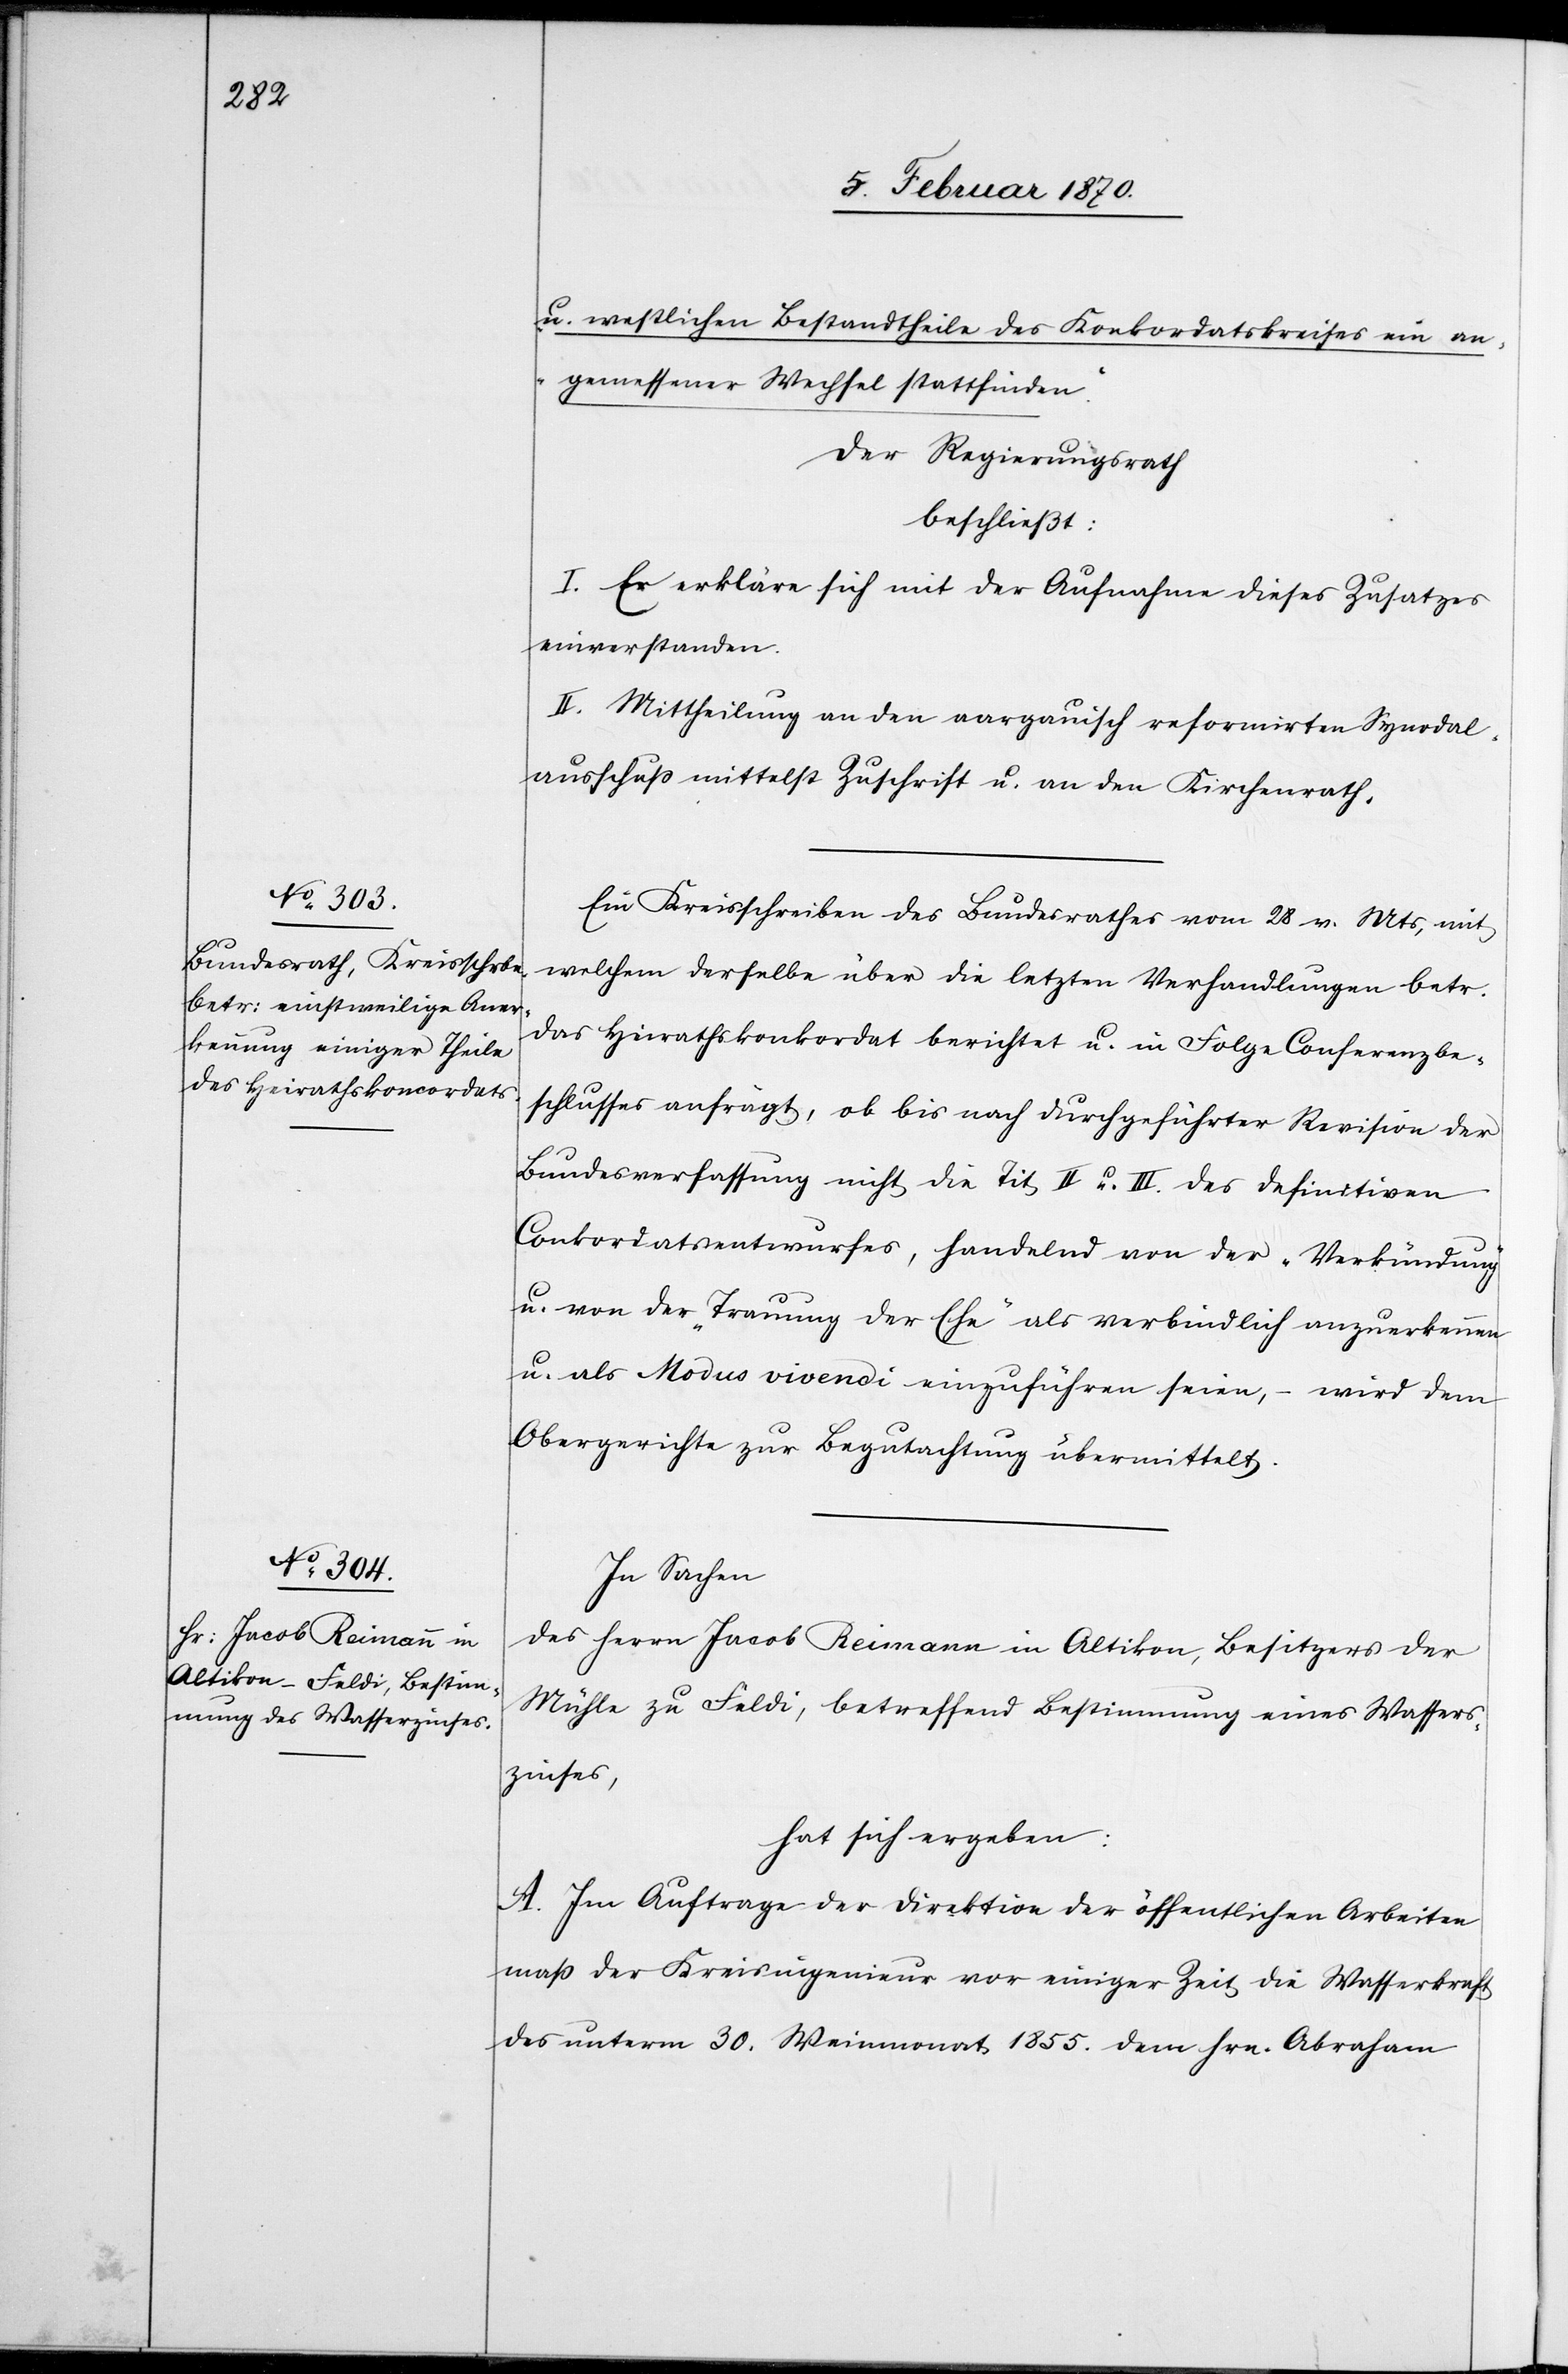
u. westlichen Bestandtheile des Konkordatskreises ein an¬
gemessener Wechsel stattfinden.“
Der Regierungsrath
beschließt:
I. Er erkläre sich mit der Aufnahme dieses Zusatzes
einverstanden.
II. Mittheilung an den aargauisch reformirten Synodal¬
ausschuss mittels Zuschrift u. an den Kirchenrath.
Ein Kreisschreiben des Bundesrathes vom 28 v. Mts, mit
welchem derselbe über die letzten Verhandlungen betr.
das Heiratskonkordat berichtet u. in Folge Conferenzbe¬
schlusses anfrägt, ob bis nach durchgeführter Revision der
Bundesverfassung nicht die Tit II u. III. des definitiven
Conkordatsentwurfes, handelnd von der „Verkündung“
u. von der „Trauung der Ehe“ als verbindlich anzuerkennen
u. als Modus vivendi einzuführen seien, ( wird dem
Obergerichte zur Begutachtung übermittelt.
In Sachen
des Herrn Jacob Reimann in Altikon, Besitzers der
Mühle zu Feldi, betreffend Bestimmung eines Wasser¬
zinses,
hat sich ergeben:
A. Im Auftrage der Direktion der öffentlichen Arbeiten
mass der Kreisingenieur vor einiger Zeit die Wasserkraft
des unterm 30. Weinmonat 1855. dem Hrn. Abraham